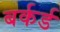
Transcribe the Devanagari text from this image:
बर्कर्ड